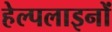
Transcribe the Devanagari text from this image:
हेल्पलाइनों